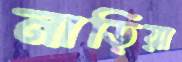
নাড়িয়া